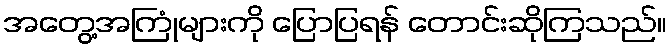
အတွေ့အကြုံများကို ပြောပြရန် တောင်းဆိုကြသည်။